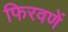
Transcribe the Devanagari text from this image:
फिरवणें